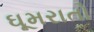
ઘૂમરાતો